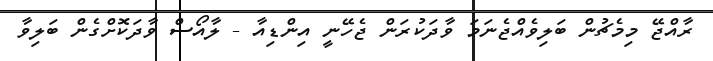
ރާއްޖޭ މިމެޗުން ބަލިވެއްޖެނަމަ ވާދަކުރަން ޖެހޭނީ އިންޑިއާ - ލާއޯސް ވާދަކޮށްގެން ބަލިވާ